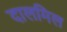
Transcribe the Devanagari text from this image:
दालमिल